Report on vaccination in Madras 1922-1929 - 1922-1929
Year: 1922
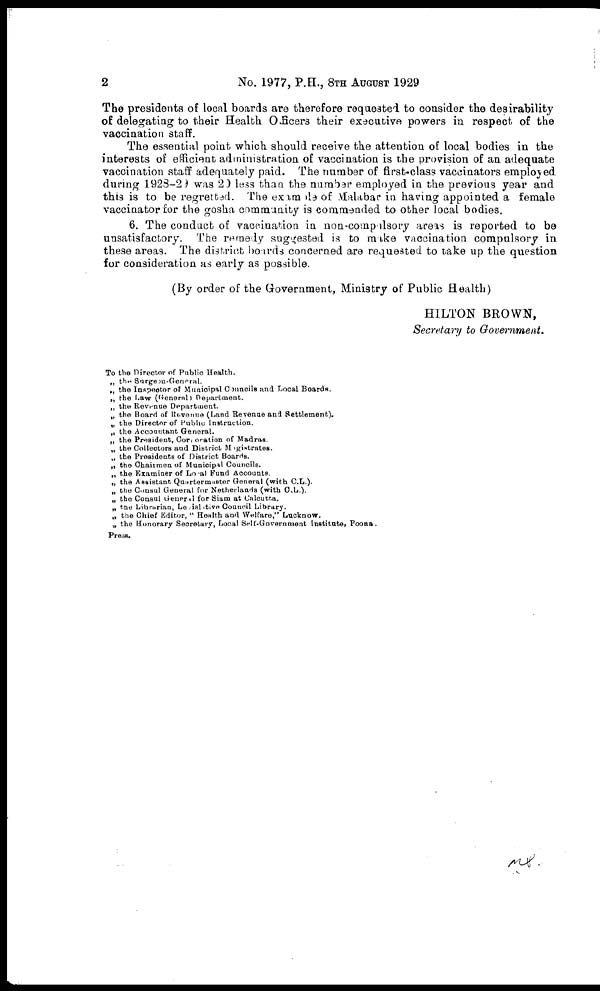
2
No. 1977, P.H., 8TH AUGUST 1929
The presidents of local boards are therefore requested to consider the desirability
of delegating to their Health Officers their executive powers in respect of the
vaccination staff.
The essential point which should receive the attention of local bodies in the
interests of efficient administration of vaccination is the provision of an adequate
vaccination staff adequately paid. The number of first-class vaccinators employed
during 1928-29 was 20 less than the number employed in the previous year and
this is to be regretted. The example of Malabar in having appointed a female
vaccinator for the gosha community is commended to other local bodies.
6. The conduct of vaccination in non-compilsory areas is reported to be
unsatisfactory. The remedy suggested is to make vaccination compulsory in
these areas. The district boards concerned are requested to take up the question
for consideration as early as possible.
(By order of the Government, Ministry of Public Health)
HILTON BROWN,
Secretary to Government.
To the Director of Public Health.
„ the Surgeon-General.
„ the Inspector of Municipal Councils and Local Boards.
„ the Law (General) Department.
„ the Revenue Department.
„ the Board of Revenue (Land Revenue and Settlement).
„ the Director of Public Instruction.
„ the Accountant General.
„ the President, Corporation of Madras.
„ the Collectors and District Magistrates.
„ the Presidents of District Boards.
„ the Chairmen of Municipal Councils.
„ the Examiner of Local Fund Accounts.
„ the Assistant Quartermaster General (with C.L.).
„ the Consul General for Netherlands (with C.L.).
„ the Consul General for Siam at Calcutta.
„ the Librarian, Legislative Council Library.
„ the Chief Editor, " Health and Welfare," Lucknow.
„ the Honorary Secretary, Local Self-Government Institute, Poona.
Press.